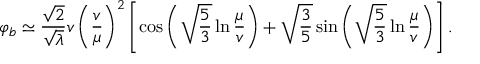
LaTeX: \varphi _ { b } \simeq \frac { \sqrt { 2 } } { \sqrt { \lambda } } v \left( \frac { v } { \mu } \right) ^ { 2 } \left[ \cos \left( \sqrt { \frac { 5 } { 3 } } \ln \frac { \mu } { v } \right) + \sqrt { \frac { 3 } { 5 } } \sin \left( \sqrt { \frac { 5 } { 3 } } \ln \frac { \mu } { v } \right) \right] .